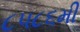
૮૫૮૬મી